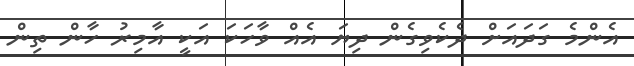
އެންމެ ގަދައަށް ދެކެވިގެން ދިޔަ އެއް ވާހަކަ އަކީ އާމިރު ހާން ތިން